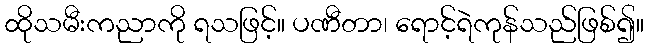
ထိုသမီးကညာကို ရသဖြင့်။ ပဏီတာ၊ ရောင့်ရဲကုန်သည်ဖြစ်၍။